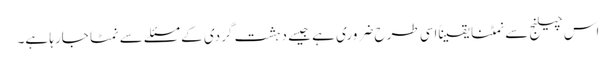
اس چیلنج سے نمٹنا یقیناًاسی طرح ضروری ہے جیسے دہشت گردی کے مسئلے سے نمٹا جارہا ہے۔